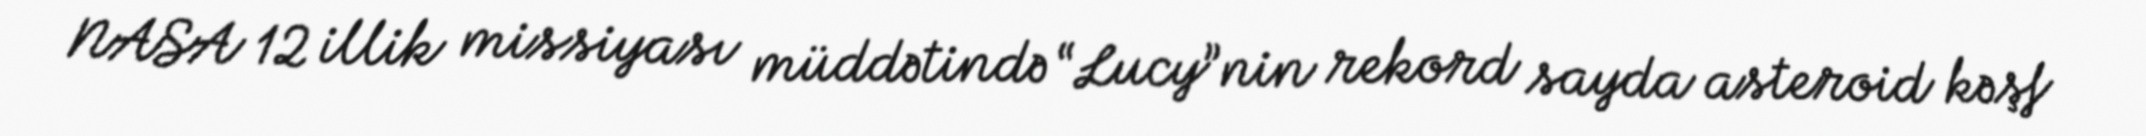
NASA 12 illik missiyası müddətində “Lucy”nin rekord sayda asteroid kəşf